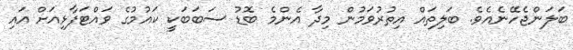
ބަލަންޖެހޭނެއެވެ. ބަލިތައް އިތުރުވަމުން މިދާ އެންމެ ބޮޑު ސަބަބަކީ ކައުމުގެ ވައްޓަފާޅިއަށް އައި